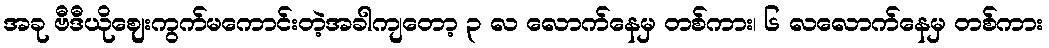
အခု ဗီဒီယိုဈေးကွက်မကောင်းတဲ့အခါကျတော့ ၃ လ လောက်နေမှ တစ်ကား၊ ၆ လလောက်နေမှ တစ်ကား